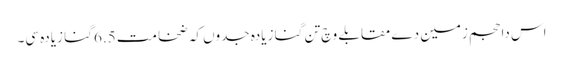
اس دا حجم زمین دے مقابلے وچ تن گنا زیادہ جدو‏ں کہ ضخامت 6.5 گنا زیادہ سی۔